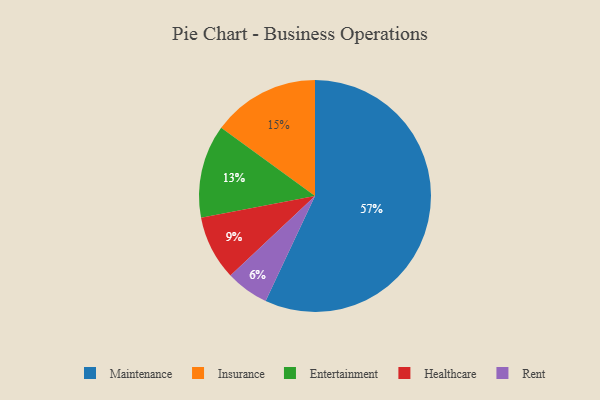
{"axis": {"x": "Category", "y": "Percentage"}, "legend": ["Entertainment", "Healthcare", "Insurance", "Maintenance", "Rent"], "data": [{"x": "Healthcare", "y": 9, "type": "Healthcare"}, {"x": "Maintenance", "y": 57, "type": "Maintenance"}, {"x": "Rent", "y": 6, "type": "Rent"}, {"x": "Entertainment", "y": 13, "type": "Entertainment"}, {"x": "Insurance", "y": 15, "type": "Insurance"}]}